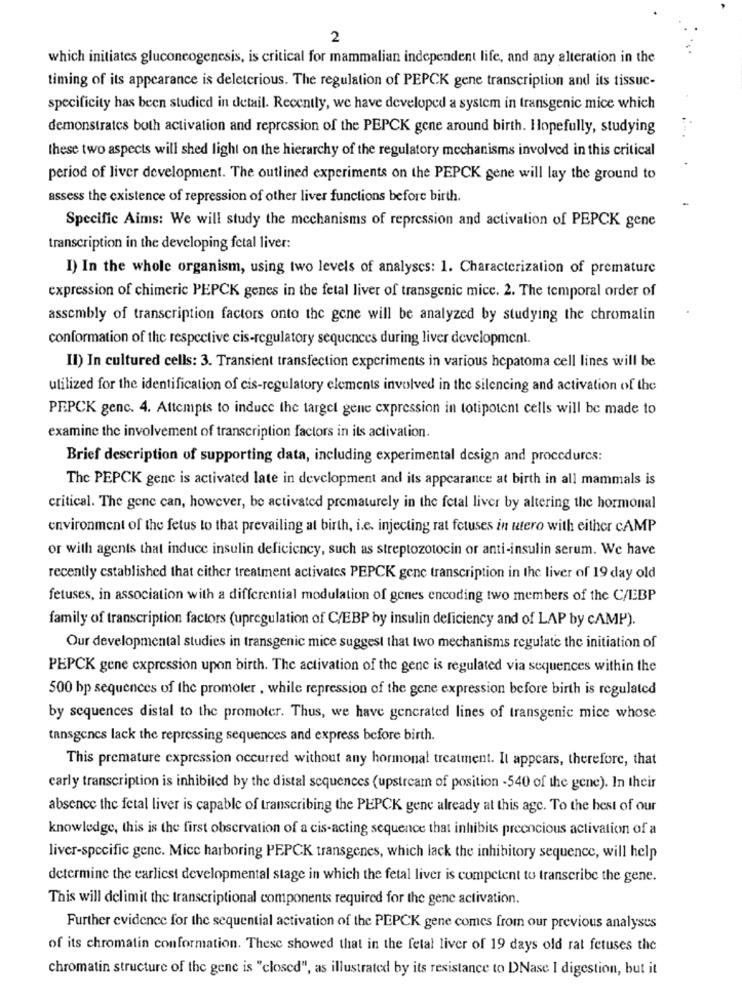
2
which initiates gluconeogenesis, is critical for mammalian independent life, and any alteration in the
timing of its appearance is deleterious. The regulation of PEPCK gene transcription and its tissuc-
specificity has been studied in detail. Recently, we have developed a system in transgenic mice which
demonstrates both activation and repression of the PEPCK gene around birth. Hopefully, studying
these two aspects will shed light on the hierarchy of the regulatory mechanisms involved in this critical
period of liver development. The outlined experiments on the PEPCK gene will lay the ground to
assess the existence of repression of other liver functions before birth.
Specific Aims: We will study the mechanisms of repression and activation of PEPCK gene
transcription in the developing fetal liver:
I) In the whole organism, using two levels of analyscs: 1. Characterization of premature
expression of chimeric PEPCK genes in the fetal liver of transgenic mice. 2. The temporal order of
assembly of transcription factors onto the gene will be analyzed by studying the chromalin
conformation of the respective cis-regulatory sequences during liver development.
Il) In cultured cells: 3. Transient transfection experiments in various hepatoma cell lines will be
utilized for the identification of cis-regulatory elements involved in the silencing and activation of the
PEPCK genc. 4. Attempts to induce the target gene expression in totipotent cells will be made to
examine the involvement of transcription factors in its activation.
Brief description of supporting data, including experimental design and procedures:
The PEPCK genc is activated late in development and its appearance at birth in all mammals is
critical. The gene can, however, be activated prematurely in the fetal liver by altering the hormonal
environment of the fetus to that prevailing at birth, i.e. injecting rat fetuses in utero with either CAMP
or with agents that induce insulin deficiency, such as streptozotocin or anti-insulin serum. We have
recently established that either treatment activates PEPCK gene transcription in the liver of 19 day old
fetuses, in association with a differential modulation of genes encoding two members of the C/EBP
family of transcription factors (upregulation of C/EBP by insulin deficiency and of LAP by CAMP).
Our developmental studies in transgenic mice suggest that two mechanisms regulate the initiation of
PEPCK gene expression upon birth. The activation of the gene is regulated via sequences within the
500 bp sequences of the promoter , while repression of the gene expression before birth is regulated
by sequences distal to the promoter. Thus, we have gencrated lines of transgenic mice whose
tansgenes lack the repressing sequences and express before birth.
This premature expression occurred without any hormonal treatment. It appears, therefore, that
carly transcription is inhibited by the distal sequences (upstream of position -540 of the gene). In their
absence the fetal liver is capable of transcribing the PEPCK gene already at this agc. To the best of our
knowledge, this is the first observation of a cis-acting sequence that inhibits preencious activation of a
liver-specific genc. Mice harboring PEPCK transgenes, which lack the inhibitory sequence, will help
determine the earliest developmental stage in which the fetal liver is competent to transcribe the gene.
This will delimit the transcriptional components required for the gene activation.
Further evidence for the sequential activation of the PEPCK gene comes from our previous analyses
of its chromatin conformation. Thesc showed that in the fetal liver of 19 days old rat fetuses the
chromatin structure of the gene is "closed", as illustrated by its resistance to DNase I digestion, but it